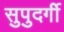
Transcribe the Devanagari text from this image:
सुपुदर्गी